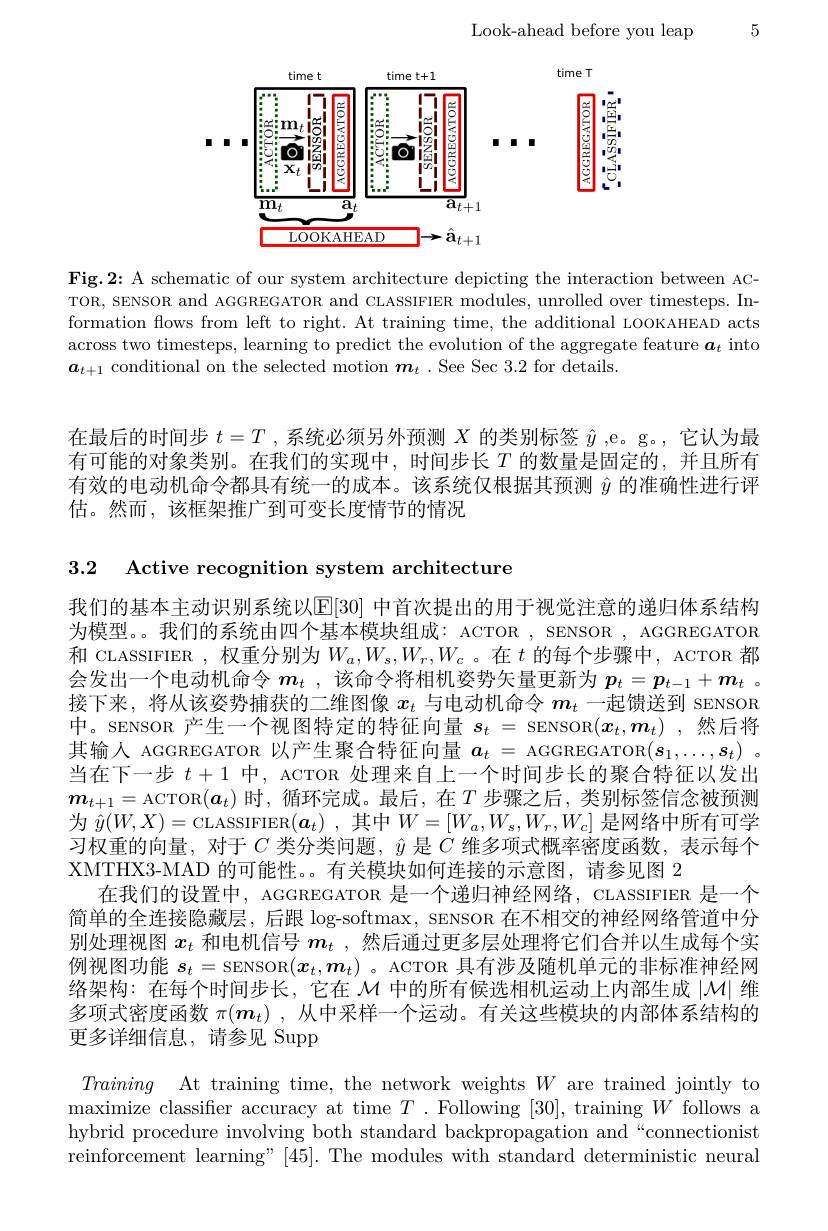
Look-ahead before you leap

5

<FigureHere>

Fig.2: A schematic of our system architecture depicting the interaction between ACTOR, SENSOR and AGGREGATOR and CLASSIFIER modules, unrolled over timesteps. Information flows from left to right. At training time, the additional LOOKAHEAD acts across two timesteps, learning to predict the evolution of the aggregate feature $\boldsymbol a_t$ into $\boldsymbol{a}_{t+1}$ conditional on the selected motion $\boldsymbol m_t.$ See Sec 3.2 for details.

在最后的时间步$t=T$ ,系统必须另外预测$X$的类别标签$\hat{y}$ ,e。g。, 它认为最有可能的对象类别。在我们的实现中，时间步长$T$的数量是固定的，并且所有有效的电动机命令都具有统一的成本。该系统仅根据其预测$\hat{y}$的准确性进行评估。然而，该框架推广到可变长度情节的情况

3.2 Active recognition system architecture

我们的基本主动识别系统以$\mathbb{E}[30]$ 中首次提出的用于视觉注意的递归体系结构为模型。。我们的系统由四个基本模块组成：ACTOR , SENSOR , AGGREGATOR 和 CLASSIFIER , 权重分别为$W_a,W_s,W_r,W_c$ 。在$t$的每个步骤中，ACTOR 都会发出一个电动机命令$m_t$ ,该命令将相机姿势矢量更新为$p_t=p_{t-1}+m_t$ 。接下来，将从该姿势捕获的二维图像$x_t$与电动机命令$m_t$一起馈送到 SENSOR 中。SENSOR 产生一个视图特定的特征向量$s_t=$ SENSOR$(\boldsymbol{x}_t,\boldsymbol{m}_t)$ ,然后将其输人 AGGREGATOR 以产生聚合特征向量$a_t=$ AGGREGATOR$(s_1,\ldots,s_t)$ 。当在下一步$t+1$中，ACTOR 处理来自上一个时间步长的聚合特征以发出$\boldsymbol{m}_{t+1}=$ACTOR$(\boldsymbol{a}_t)$时，循环完成。最后，在$T$步骤之后，类别标签信念被预测为$\hat{y}(W,X)=$CLASSIFIER$(\boldsymbol a_t)$ ,其中$W=[W_a,W_s,W_r,W_c]$是网络中所有可学习权重的向量，对于$C$类分类问题，$\hat{y}$是$\dot C$维多项式概率密度函数，表示每个XMTHX3-MAD 的可能性。。有关模块如何连接的示意图，请参见图 2
在我们的设置中，AGGREGATOR 是一个递归神经网络，CLASSIFIER 是一个简单的全连接隐藏层，后跟 log-softmax, SENSOR 在不相交的神经网络管道中分别处理视图$x_t$和电机信号$m_t$ ,然后通过更多层处理将它们合并以生成每个实例视图功能$s_t=$ SENSOR$(x_t,\boldsymbol{m}_t)$ 。ACTOR 具有涉及随机单元的非标准神经网络架构：在每个时间步长，它在$\mathcal{M}$中的所有候选相机运动上内部生成$|\mathcal{M}|$维多项式密度函数$\pi(\boldsymbol{m}_t)$ ,从中采样一个运动。有关这些模块的内部体系结构的更多详细信息，请参见 Supp

$\begin{array}{c}{Training\:\mathrm{At~training~time,~the~network~weights~}W\:\mathrm{are~trained~jointly~to}}\\{\mathrm{naximize~classifier~accuracy~at~time~}T.~\mathrm{Following~}[30],~\mathrm{training~}W~\mathrm{follows~a}}\end{array}$ hybrid procedure involving both standard backpropagation and“connectionist reinforcement learning" |45|. The modules with standard deterministic neural